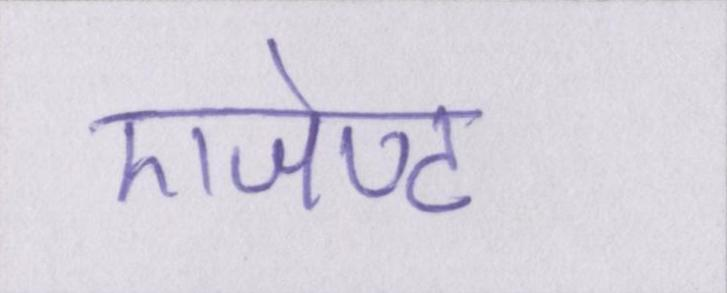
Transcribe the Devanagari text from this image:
एजेण्ट